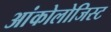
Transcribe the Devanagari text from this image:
आंकोलोजिस्ट